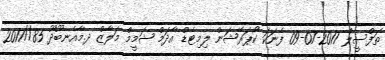
ތަފްސީލް 2017-07-09 ފެނަކަ ކޯޕަރޭޝަން ލިމިޓެޑް އާދަމް ޝަމީމް މަލާޒް ދ.މާއެނބޫދޫ 85//2017